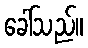
ခေါ်သည်။